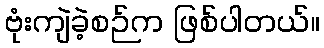
ဗုံးကျဲခဲ့စဉ်က ဖြစ်ပါတယ်။